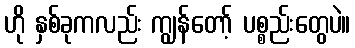
ဟို နှစ်ခုကလည်း ကျွန်တော့် ပစ္စည်းတွေပဲ။